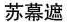
苏幕遮